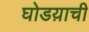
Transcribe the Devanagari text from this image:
घोडय़ाची